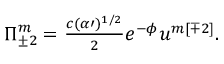
\Pi _ { \pm 2 } ^ { m } = { \textstyle \frac { c ( \alpha \prime ) ^ { 1 / 2 } } { 2 } } e ^ { - \phi } u ^ { m [ \mp 2 ] } .